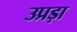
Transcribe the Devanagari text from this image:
उप्रड़ा